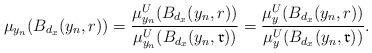
LaTeX: \begin{align*}\mu_{y_n}(B_{d_x}(y_n,r)) = \frac{\mu_{y_n}^U(B_{d_x}(y_n,r))}{\mu_{y_n}^U(B_{d_x}(y_n,\mathfrak r))} = \frac{\mu_y^U(B_{d_x}(y_n,r))}{\mu_{y}^U(B_{d_x}(y_n,\mathfrak r))}.\end{align*}